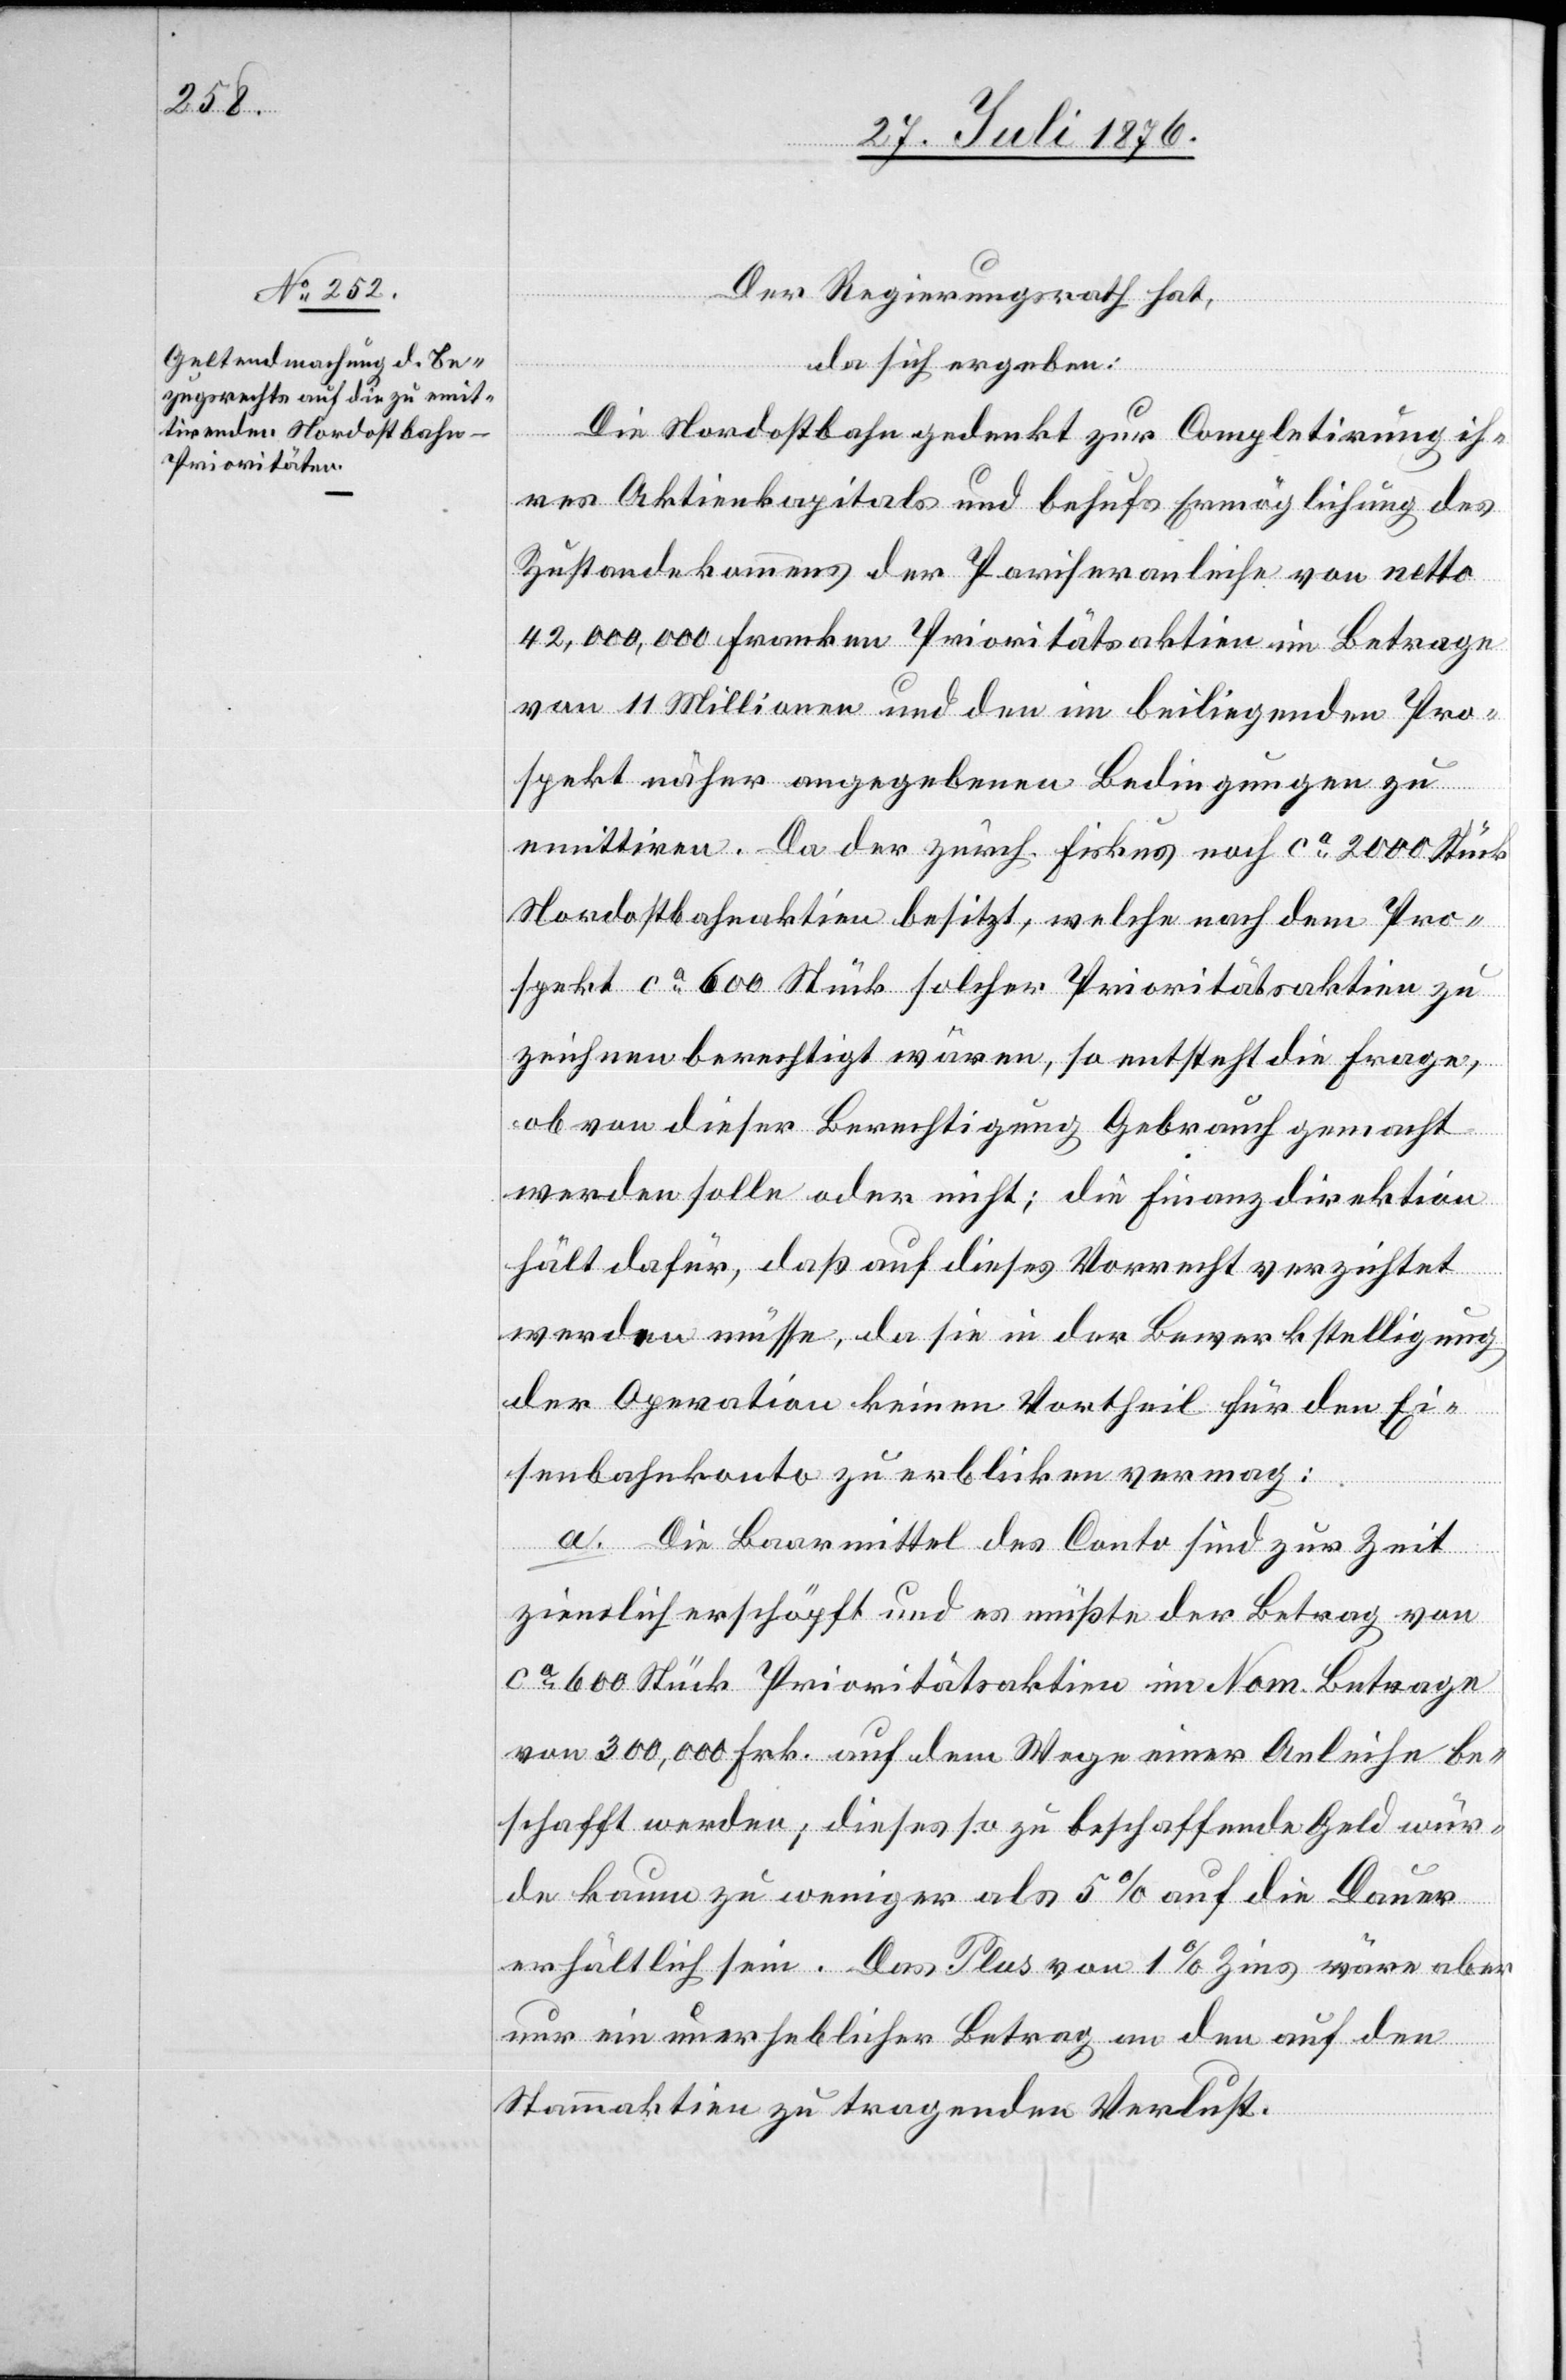
Der Regierungsrath hat,
da sich ergeben:
Die Nordostbahn gedenkt zur Completirung ih¬
res Aktienkapitals und behufs Ermöglichung des
Zustandekommens der Pariseranleihe von netto
42,000,000 Franken Prioritätsaktien im Betrage
von 11 Millionen und den im beiliegenden Pro¬
spekt näher angegebenen Bedingungen zu
emittiren. Da der zürch. Fiskus noch ca 2000 Stück
Nordostbahnaktien besitzt, welche nach dem Pro¬
spekt ca 600 Stück solcher Prioritätsaktien zu
zeichnen berechtigt wären, so entsteht die Frage,
ob von dieser Berechtigung Gebrauch gemacht
werden solle oder nicht; die Finanzdirektion
hält dafür, das auf dieses Vorrecht verzichtet
werden müsse, da sie in der Bewerkstelligung
der Operation keinen Vortheil für den Ei¬
senbahnkonto zu erblicken vermag:
a. Die Baarmittel des Conto sind zur Zeit
ziemlich erschöpft und es müßte der Betrag von
ca 600 Stück Prioritätsaktien im Nom. Betrage
von 300,000 Frk. auf dem Wege einer Anleihe be¬
schafft werden; dieses so zu beschaffende Geld wür¬
de kaum zu weniger als 5 % auf die Dauer
erhältlich sein. Das Plus von 1 % Zins wäre aber
nur ein unerheblicher betrag an den auf den
Stammaktien zu tragenden Verlust.